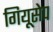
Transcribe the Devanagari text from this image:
गियूसेप